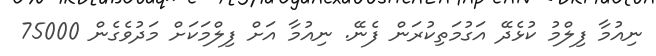
ނިއުމާ ފިލްމު ކުޅެދޭ އަގުމަތިކުރަން ފެނޭ. ނިއުމާ އަށް ފިލްމަކަށް މަދުވެގެން 75000